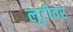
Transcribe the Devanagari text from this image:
लूटीवर